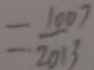
= \frac { 1 0 0 7 } { 2 0 1 3 }